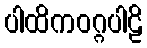
ပါထိကဝဂ္ဂပါဠိ